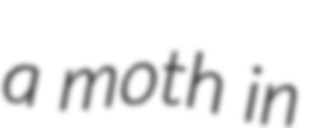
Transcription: a moth in